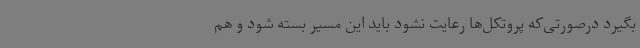
بگیرد درصورتی‌که پروتکل‌ها رعایت نشود باید این مسیر بسته شود و هم